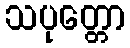
သပုတ္တော